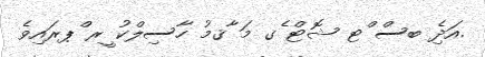
.އަދިެ ބސް ްޓ ޝޮޓް ެގ މަ ާޤމު ހާސިލްކު ީރ ްޕރައިވެ